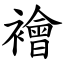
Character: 襘